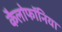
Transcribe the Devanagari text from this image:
कैलोफॉनिया